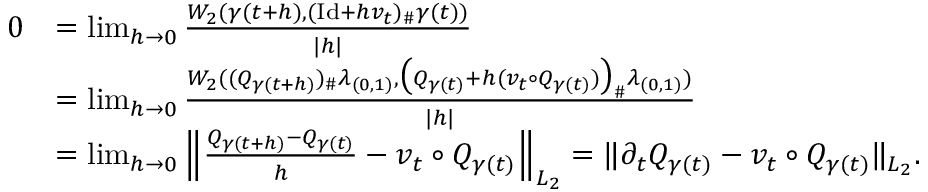
\begin{array} { r l } { 0 } & { = \operatorname* { l i m } _ { h \to 0 } \frac { W _ { 2 } ( \gamma ( t + h ) , ( \mathrm { I d } + h v _ { t } ) _ { \# } \gamma ( t ) ) } { | h | } } \\ & { = \operatorname* { l i m } _ { h \to 0 } \frac { W _ { 2 } ( ( Q _ { \gamma ( t + h ) } ) _ { \# } \lambda _ { ( 0 , 1 ) } , \bigl ( Q _ { \gamma ( t ) } + h ( v _ { t } \circ Q _ { \gamma ( t ) } ) \bigr ) _ { \# } \lambda _ { ( 0 , 1 ) } ) } { | h | } } \\ & { = \operatorname* { l i m } _ { h \to 0 } \Big \| \frac { Q _ { \gamma ( t + h ) } - Q _ { \gamma ( t ) } } { h } - v _ { t } \circ Q _ { \gamma ( t ) } \Big \| _ { L _ { 2 } } = \| \partial _ { t } Q _ { \gamma ( t ) } - v _ { t } \circ Q _ { \gamma ( t ) } \| _ { L _ { 2 } } . } \end{array}